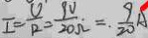
I = \frac { V } { R } = \frac { 9 V } { 2 0 \Omega } = \cdot \frac { 9 } { 2 0 } A